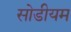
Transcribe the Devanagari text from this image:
सोडीयम